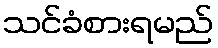
သင်ခံစားရမည်